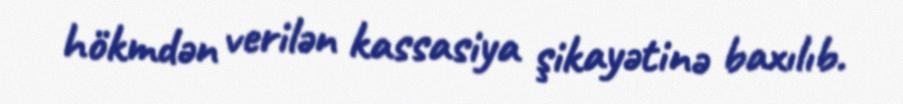
hökmdən verilən kassasiya şikayətinə baxılıb.